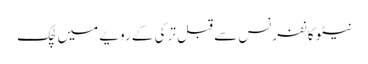
نیٹو کانفرنس سے قبل ترکی کے رویے میں لچک